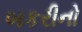
બકરીનો